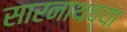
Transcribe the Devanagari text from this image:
सारनाथच्या